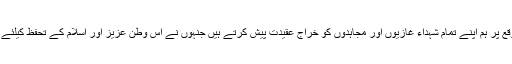
انہوں نے کہا کہ اس بابرکت موقع پر ہم اپنے تمام شہداء غازیوں اور مجاہدوں کو خراج عقیدت پیش کرتے ہیں جنہوں نے اس وطن عزیز اور اسلام کے تحفظ کیلئے اپنی جانوں کی قربانیاں دی ہیں۔